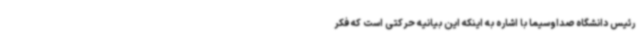
رئیس دانشگاه صداوسیما با اشاره به اینکه این بیانیه حرکتی است که فکر